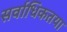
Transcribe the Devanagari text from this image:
सर्वाधिकतया